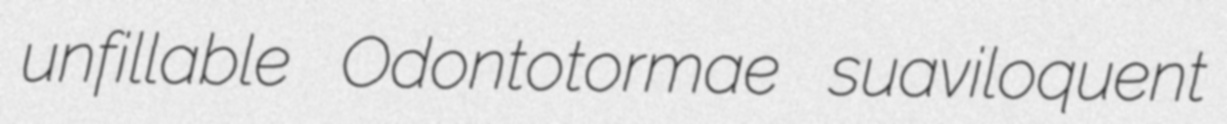
unfillable Odontotormae suaviloquent